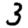
Digit: 3